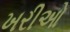
ખરીઓ